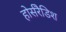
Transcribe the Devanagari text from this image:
होर्सरैडिश